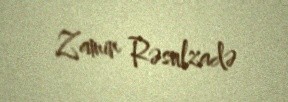
Zamin Rəsulzadə